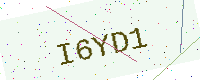
Text: I6YD1